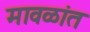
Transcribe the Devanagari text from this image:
मावळांत